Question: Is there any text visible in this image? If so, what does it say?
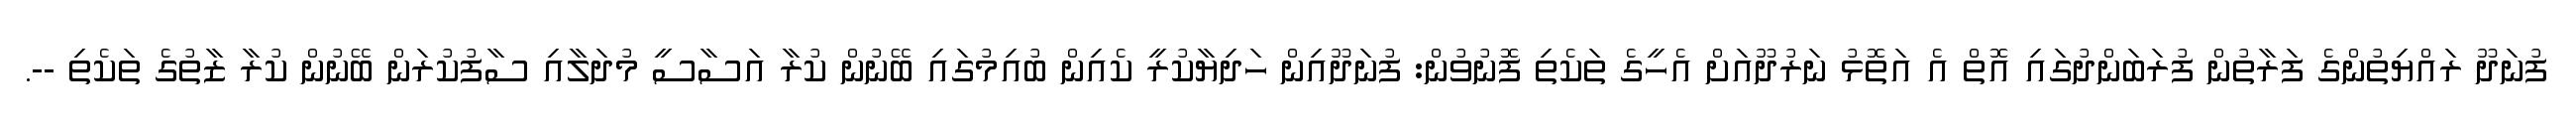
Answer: ފުނަދޫ ރައްޔިތުންގެ ފަރާތުން ފުރަބަންދުގައި އޮތް އެ އަތޮޅު ނަރުދޫއަށް އެހީގެ ތަކެތި ފޮނުވުން: ފުނަދޫއިން ހަދިޔާކުރީ ކެއިން ބުއިމުގައި ބޭނުން ކުރާ އަސާސީ މުދަލާއި ސާފުކުރަން ބޭނުން ކުރާ ޒާތުގެ ތަކެތި --.